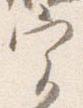
実